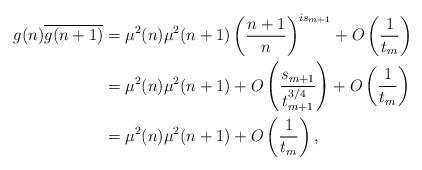
LaTeX: \begin{align*} g(n) \overline{g(n+1)} &= \mu^2(n) \mu^2(n+1) \left( \frac{n+1}{n} \right)^{i s_{m+1}} + O\left( \frac{1}{t_m} \right) \\&= \mu^2(n) \mu^2(n+1) + O\left( \frac{s_{m+1}}{t_{m+1}^{3/4}} \right) + O\left( \frac{1}{t_m} \right) \\&= \mu^2(n) \mu^2(n+1) + O\left( \frac{1}{t_m} \right),\end{align*}